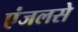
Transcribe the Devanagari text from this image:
एंजलसे